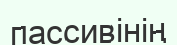
пассивінің